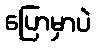
ပြောမှာပဲ